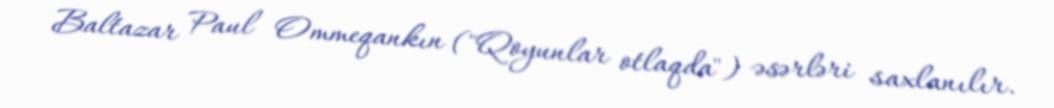
Baltazar Paul Ommeqankın ("Qoyunlar otlaqda") əsərləri saxlanılır.